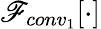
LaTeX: \mathscr{F}_{conv_{1}}[\cdot]